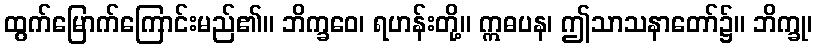
ထွက်မြောက်ကြောင်းမည်၏။ ဘိက္ခဝေ၊ ရဟန်းတို့။ ဣဓပန၊ ဤသာသနာတော်၌။ ဘိက္ခု၊